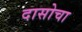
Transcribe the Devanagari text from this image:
दासोचा